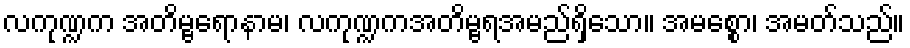
လကုဏ္ဍက အတိမ္ဗရောနာမ၊ လကုဏ္ဍကအတိမ္ဗရအမည်ရှိသော။ အမစ္စော၊ အမတ်သည်။